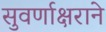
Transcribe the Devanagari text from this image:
सुवर्णाक्षराने